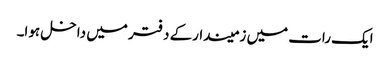
ایک رات میں زمیندارکے دفتر میں داخل ہوا۔